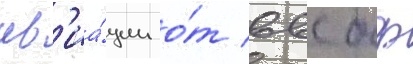
ав'иа́ции о́т ввс бф